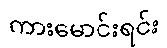
ကားမောင်းရင်း